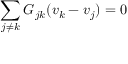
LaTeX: \sum _ { j \neq k } G _ { j k } ( v _ { k } - v _ { j } ) = 0